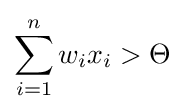
\sum _{i=1}^{n}w_{i}x_{i}>\Theta